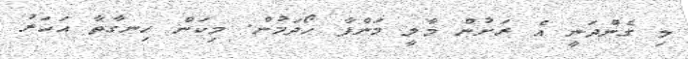
މި ގެންދަނީ އެ ރަށުން މާލީ މަންފާ ހޯދަމުން. މިކަން ހިނގާތާ އަހަރު